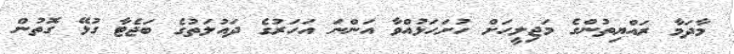
މާދަމާ ރައްޔިތުންގެ މަޖިލީހަށް ހުށަހަޅުއްވާ އަންނަ އަހަރުގެ ދައުލަތުގެ ބަޖެޓާ ގުޅޭ ގޮތުން